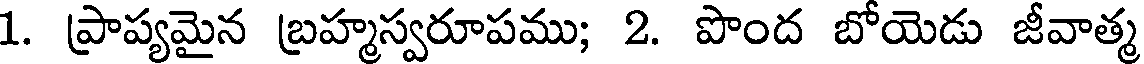
1. ప్రాప్యమైన బ్రహ్మస్వరూపము; 2. పొంద బోయెడు జీవాత్మ